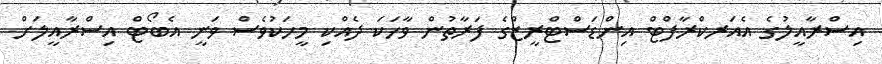
އިސްރާއީލުގެ އެއަރކްރާފްޓް އިންޑަސްޓްރީޒްގެ ފަރާތުން ވާހަކަ ދެއްކި މީހަކުވެސް ވަނީ އެބޯޓް އިސްރާއީލަށް